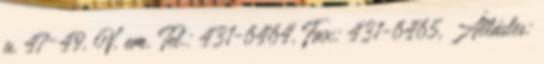
u. 47–49. V. em. Tel.: 431-6464, Fax: 431-6465, Állásles: